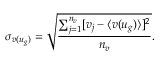
\sigma _ { v ( u _ { g } ) } = \sqrt { \frac { \sum _ { j = 1 } ^ { n _ { v } } [ v _ { j } - \langle v ( u _ { g } ) \rangle ] ^ { 2 } } { n _ { v } } } .